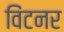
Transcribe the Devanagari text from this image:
विंटनर